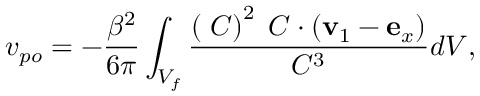
v _ { p o } = - \frac { \beta ^ { 2 } } { 6 \pi } \int _ { V _ { f } } \frac { \left( \mathbf { \nabla } C \right) ^ { 2 } \mathbf { \nabla } C \cdot \left( \mathbf { v } _ { 1 } - \mathbf { e } _ { x } \right) } { C ^ { 3 } } d V ,